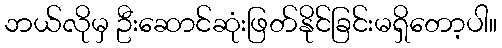
ဘယ်လိုမှ ဦးဆောင်ဆုံးဖြတ်နိုင်ခြင်းမရှိတော့ပါ။